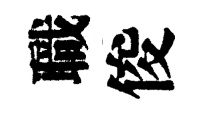
職俊